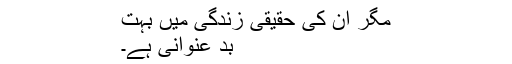
مگر ان کی حقیقی زندگی میں بہت
بد عنوانی ہے۔